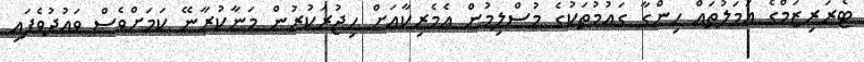
ޓެރަރިޒަމްގެ އަމަލުތައް ހިންގާ ގައުމުތަކުގެ މުސްލިމުން އެމެރިކާއަށް ހިޖުރަކުރުން މަނާކުރާނޭ ކަމަށްވެސް ވައުދުވެފައި